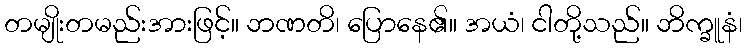
တမျိုးတမည်းအားဖြင့်။ ဘဏတိ၊ ပြောနေ၏။ အယံ၊ ငါတို့သည်။ ဘိက္ခူနံ၊